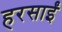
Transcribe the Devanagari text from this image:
हरसाईं